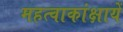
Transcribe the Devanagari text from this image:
महत्वाकांक्षायें